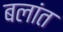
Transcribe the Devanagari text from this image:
बलांत